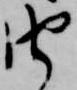
由